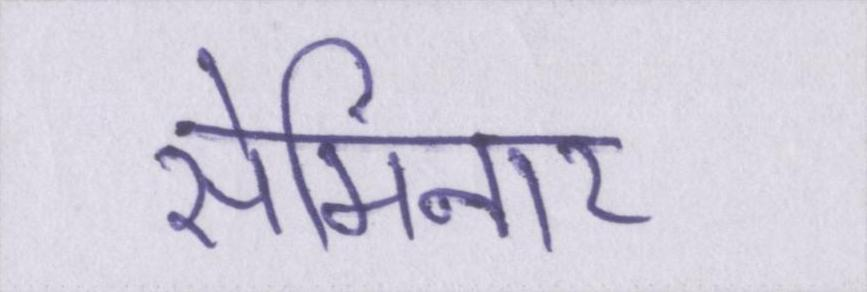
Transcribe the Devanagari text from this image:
सेमिनार